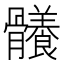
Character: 𩪴